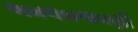
અમલબજવણી